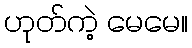
ဟုတ်ကဲ့ မေမေ။